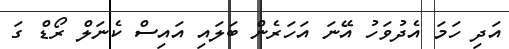
އަދި ހަމަ އެދުވަހު އޭނަ އަހަރެން ބަލައި އައިސް ކެނަލް ރޯޑް ގަ